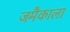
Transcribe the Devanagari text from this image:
जमैकाला